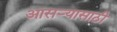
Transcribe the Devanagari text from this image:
आसऱ्यासाठी